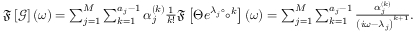
\begin{array} { r } { \mathfrak { F } \left[ \mathcal { G } \right] ( \omega ) = \sum _ { j = 1 } ^ { M } \sum _ { k = 1 } ^ { a _ { j } - 1 } \alpha _ { j } ^ { ( k ) } \frac { 1 } { k ! } \mathfrak { F } \left[ \Theta e ^ { \lambda _ { j } \circ } \circ ^ { k } \right] ( \omega ) = \sum _ { j = 1 } ^ { M } \sum _ { k = 1 } ^ { a _ { j } - 1 } \frac { \alpha _ { j } ^ { ( k ) } } { \left( i \omega - \lambda _ { j } \right) ^ { k + 1 } } . } \end{array}